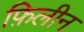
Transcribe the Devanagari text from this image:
फ़िलीन